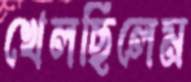
খেলছিলেম